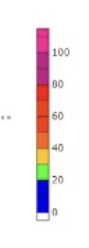
Blue: 0 to 20
Green: 20 to 30
Yellow: 30 to 40
Orange: 40 to 50
Dark Orange: 50 to 60
Red: 60 to 80
Magenta: 80 to 100
Pink: 100 to 115